Tezpur Lunatic Asylum reports 1895-1904 - 1895-1904
Year: 1895
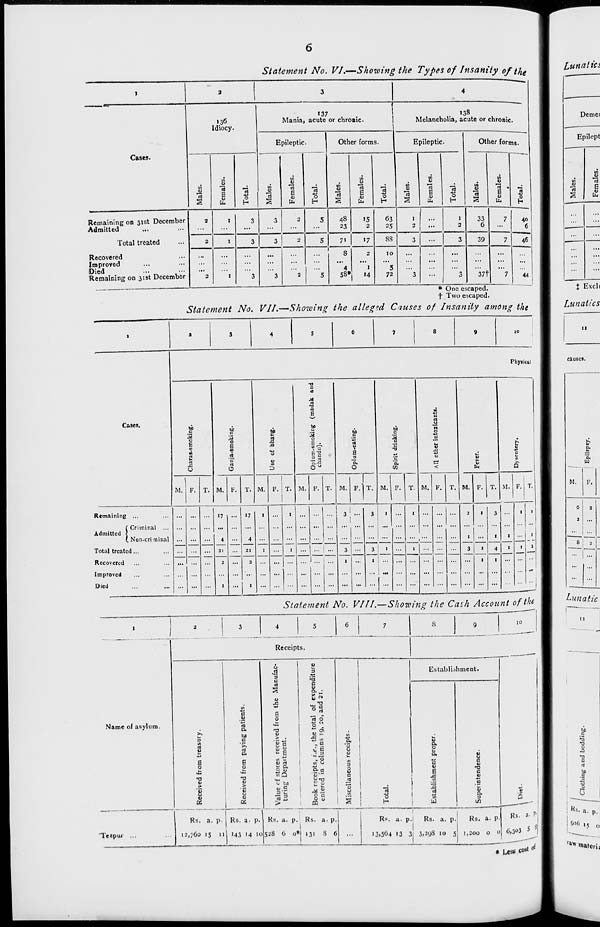
Statement No. VI.—Showing the Types of Insanity of the
Cases.
136
Idiocy.
_0)
13
rt
E
»37
Mania, acute or chronic.
Epileptic.
o
Remaining on 31st December
Admitted
Total treated
Recovered
Improved
Died
Remaining on 31st December
H
E
o
Other forms.
138
Melancholia, acute or chronic.
Epileptic.
rt
E
v
b
o
H
*c3
rt
E
(S
Other forms.
"rt
E «
tb
48
23
71
»5
2
17
8
4
58«
1
»4
63
1
1
33
7
25
2
...
2
6
...
8S
3
...
3
39
7
10
...
...
...
...
5
...
...
72
3
3
37t
7
{2
40
6
46
44
* One escaped,
t Two escaped.
Statement No. VII.—Showing the alleged Causes of Insanity among the
10
Physical
Cases.
Charas-smoking.
c
0
§
A
rt
O
Use of bhang.
S
d
M
a
T3
rt
E,
bo
!5 0
£^
C.JC
M c
rt u
a a
'5,
O
ti
c
3 a
•a
Ol
C/3
All ether intoxicant*.
Fever.
1
a
Q
M. F. T. M. F. T. M. F. T. M. [•'. T. M. F. T. M. F. T. M. F. T. M. F. T. M. F. T.
Remaining .,,
( Criminal ...
Admitted ]
( Non-crininal
Total treated..,
Recovered
Improved
Died
... ...
—
17
4
21
2
...
17
4
21
2
1
1
1
...
1
1
...
1...
...
3 ;
3
1
—
3
3
I
1
[7
...
1
1
=
—
2
1
3
t
1
1
3
I
4
t
1
1
1
1
1
1
3
_____
Statement No. VIII.—Showing the Cash Account of the
Receipts.
:o
Name of asylum.
3
E o
V
u
V
Tezpui ...
Rs. a. p.
12,760 15 11
c
u
rt
a.
U)
c
'>>
a
0.
E
o
V
>
°S
u
<u
OS
VJ
3
C
rt
s
s
0
T3
0)
i:
<o rt
0 &
^Q
>. t/i
<u.E
■a a
u
3
•5
c
6
o. ■
1\ H 6
•£ 1/1
„ C
. o
in U
."§•9
_* s
8 R
CQ "
□
=1
o
u
B
■Jl
Establishment.
3
£
Q.
O
C
1)
E
•s
8
c
o
B
O
1)
a.
3
41
5
Rs. a. p. Rs. a. p. 1 Rs. a. p.
143 14 10528 6 o*| 131
R-«. a. p.I
Rs. a. p.
I
I3.564 13 31 3.2<j8 10 5
Rs. a. p
1,200 o o
Rs. a. P'j
6,303
• use co^
Demei
Epilcpt
u
H
"rt
E
V
_1-
...